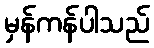
မှန်ကန်ပါသည်